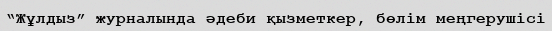
“Жұлдыз” журналында әдеби қызметкер, бөлім меңгерушісі